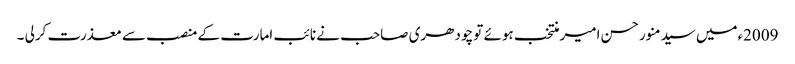
2009ءمیں سیدمنورحسن امیرمنتخب ہوئے تو چودھری صاحب نے نائب امارت کے منصب سے معذرت کرلی ۔